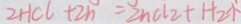
2 H C l + 2 h = 2 h C l 2 + H _ { 2 } \uparrow